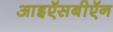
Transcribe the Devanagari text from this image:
आइऍसबीऍन